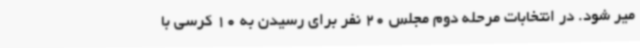
میر شود. در انتخابات مرحله دوم مجلس 20 نفر برای رسیدن به 10 کرسی با